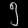
Digit: ၅